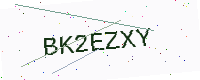
Text: BK2EZXY